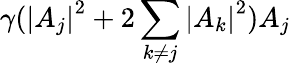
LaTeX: \gamma({|A_{j}|}^{2}+2\sum_{k\neq j}{|A_{k}|}^{2})A_{j}